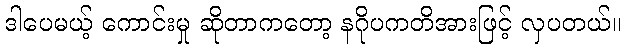
ဒါပေမယ့် ကောင်းမှု ဆိုတာကတော့ နဂိုပကတိအားဖြင့် လှပတယ်။